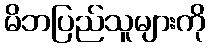
မိဘပြည်သူများကို